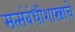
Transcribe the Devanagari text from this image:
सत्संबंधीशास्त्राचे